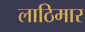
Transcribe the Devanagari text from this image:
लाठिमार